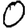
Digit: 0